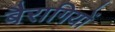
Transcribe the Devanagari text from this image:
बैरागियों